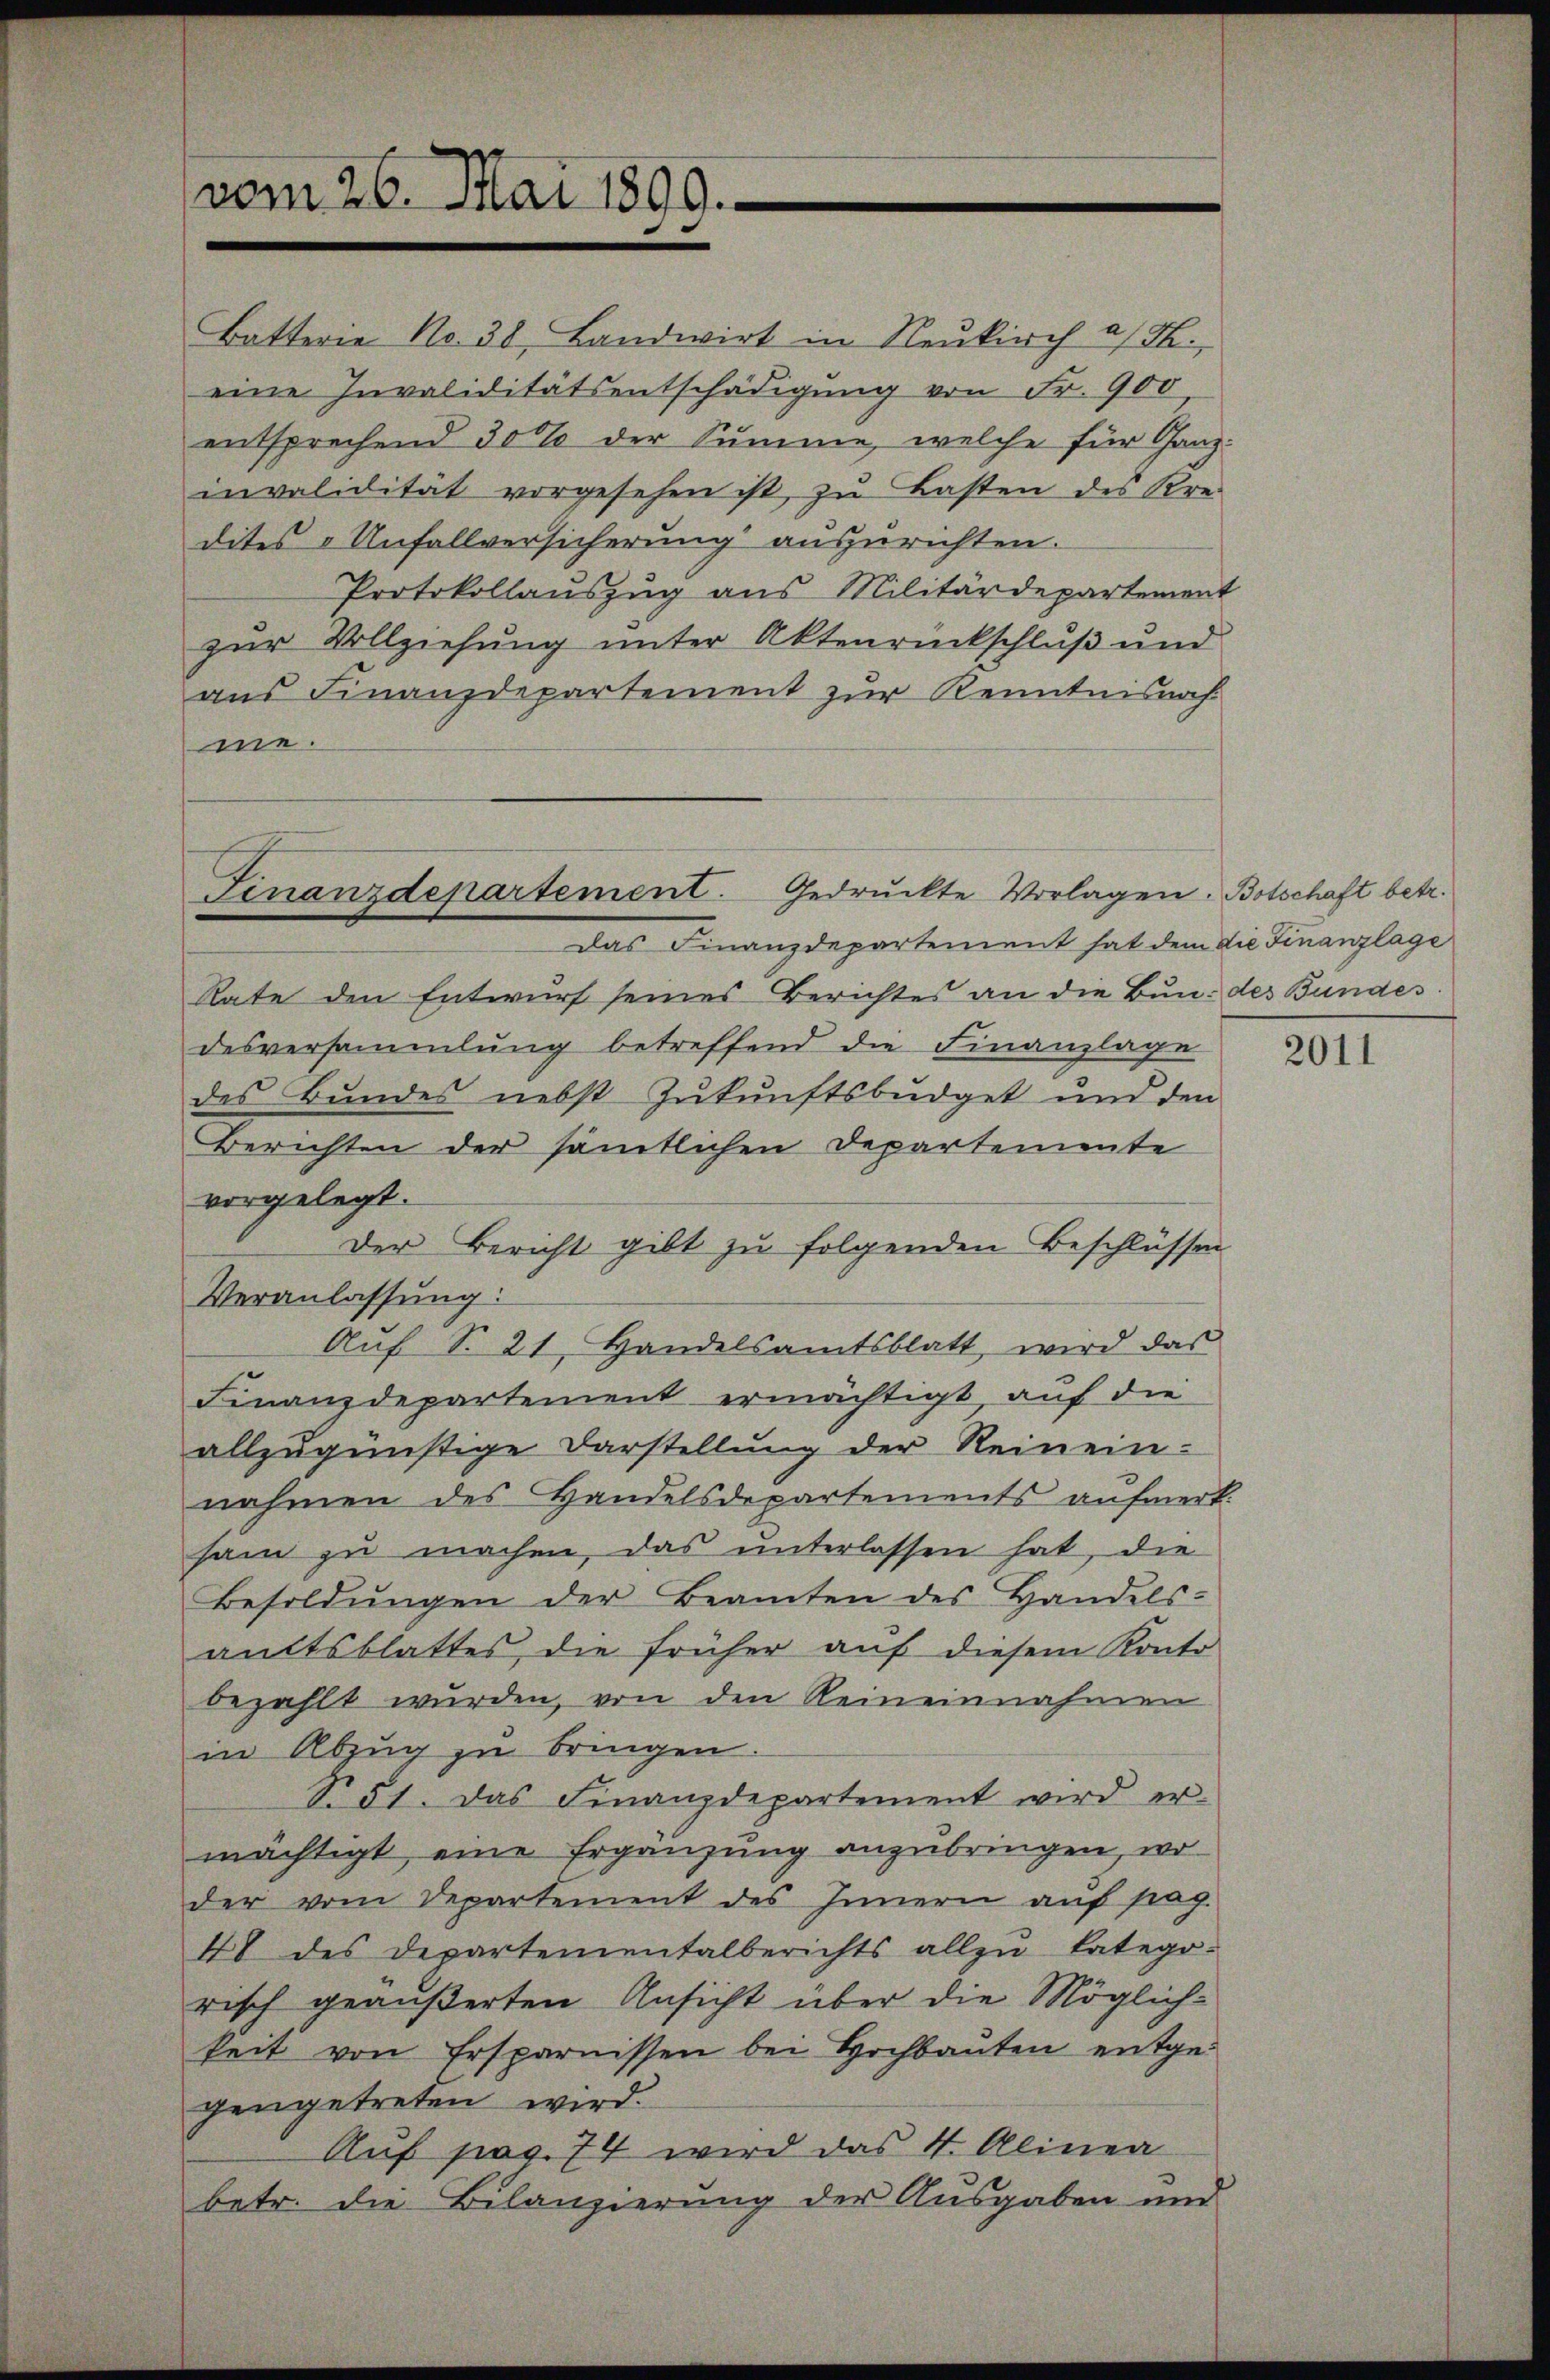
Butterie No. 38, Landwirt in Neukirch a/H.,
eine Invaliditätsentschädigung von Fr. 900
entsprechend 30% der Summe, welche für Ganzinvalidität vorgesehen ist, zŭ Lasten des Kre-
dites „Unfallversicherung auszurichten.
Protokollauszug aus Militärdepartement
zur Vollziehung unter Aktenrückschluß und
aus Finanzdepartement zur Kenntnisnahme.
Das Finanzdepartement hat dem die Finanzlage
Rate den Entwurf seines Berichtes an die Bun: des Bundes.
desversammlung betreffend die Finanzlage
des Bundes nebst Zukunftsbudget und den
Berichten der sämtlichen Departemente
vorgelegt.
Der Bericht gibt zu folgenden Beschlüssen
Veranlassung:
Auf S. 21. Handelsamtsblatt, wird das
Finanzdepartement ermächtigt, auf die
allzugünstige Darstellung der Reinein-
nahmen des Handelsdepartements aufmerk.
sam zu machen, das unterlassen hat, die
Besoldŭngen der Beamten des Handels-
amtsblattes, die früher auf diesem Konto
bezahlt wurden, von den Reineinnahmen
in Abzug zu bringen
No. 51. Das Finanzdepartement wird er-
mächtigt eine Ergänzung anzubringen, wo
der vom Departement des Innern auf pag.
48 des Departementalberichts allzŭ katego-
risch geäußerten Ansicht über die Möglichkeit von Ersparnissen bei Hochbauten entgegengetreten wird.
Auf pag. 74 wird das 4. Alinea
betr. die Bilanzierung der Ausgaben und

vom 26. Mai 1899.

Finanzdepartement. Gedruckte Vorlagen. Botschaft betr.

2011